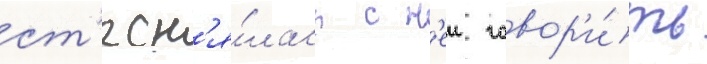
ст'есн'я́лась с н'еи говор'и́ть